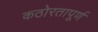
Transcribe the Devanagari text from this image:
कठोरतापूर्ण